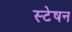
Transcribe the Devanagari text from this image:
स्टेषन